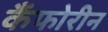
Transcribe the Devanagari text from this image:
कैंफोरीन